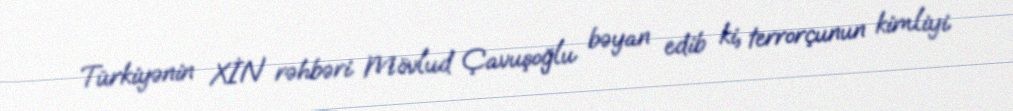
Türkiyənin XİN rəhbəri Mövlud Çavuşoğlu bəyan edib ki, terrorçunun kimliyi